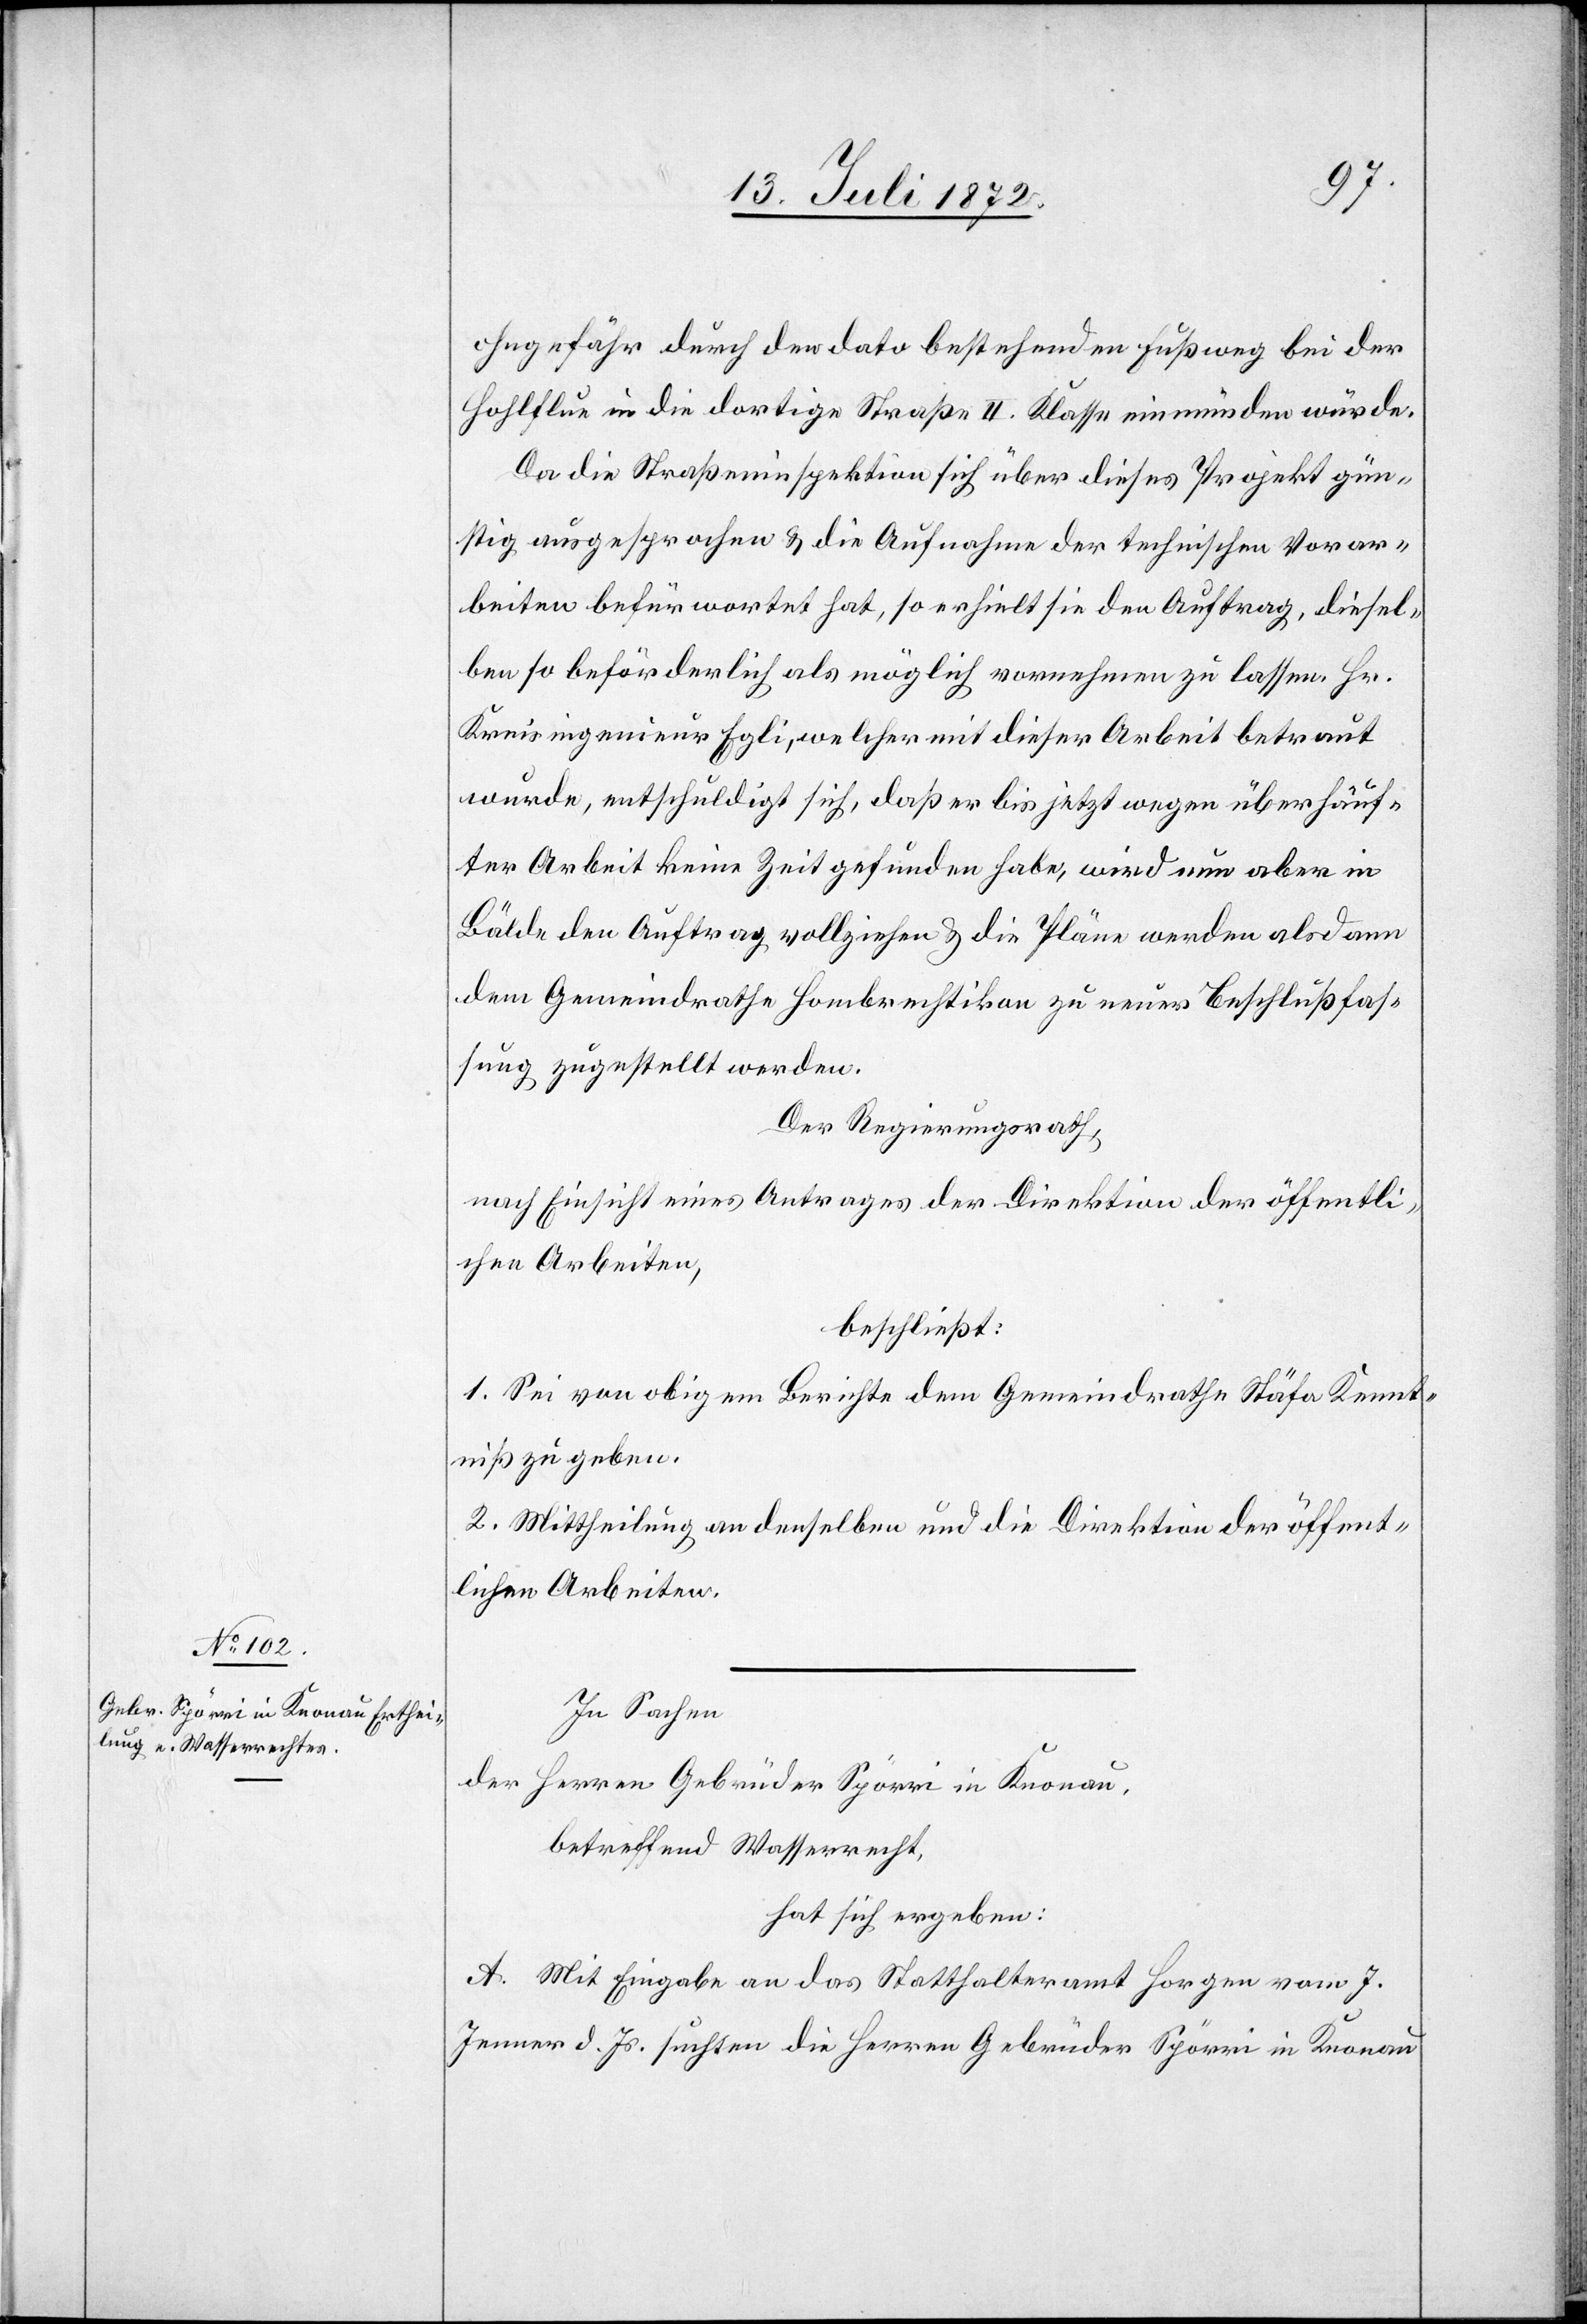
ohngefähr durch den dato bestehenden Füßweg bei der
Hohlflue in die dortige Straße II. Klasse einmünden würde.
Da die Straßeninspektion sich über dieses Projekt gün¬
stig ausgesprochen u. die Aufnahme der technischen Vorar¬
beiten befürwortet hat, so erhielt sie den Auftrag, diesel¬
ben so beförderlich als möglich vornehmen zu lassen. Hr.
Kreisingenieur Egli, welcher mit dieser Arbeit betraut
wurde, entschuldigt sich, daß er bis jetzt wegen überhäuf¬
ter Arbeit keine Zeit gefunden habe, wird nun aber in
Bälde den Auftrag vollziehen u. die Pläne werden alsdann
dem Gemeindrathe Hombrechtikon zu neuer Beschlußfassung
Der Regierungsrath,
nach Einsicht eines Antrages der Direktion der öffentli¬
chen Arbeiten,
beschließt:
1. Sei von obigem Berichte dem Gemeindrathe Stäfa Kennt¬
niß zu geben.
2. Mittheilung an denselben und die Direktion der öffent¬
lichen Arbeiten.
In Sachen
der Herren Gebrüder Spörri in Konau.
betreffend Wasserrecht,
hat sich ergeben:
A. Mit Eingabe an das Statthalteramt Horgen vom 7.
Jenner d. Js. suchten die Herren Gebrüder Spörri in Knonau